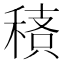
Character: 䅩